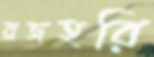
ব্রজহরি